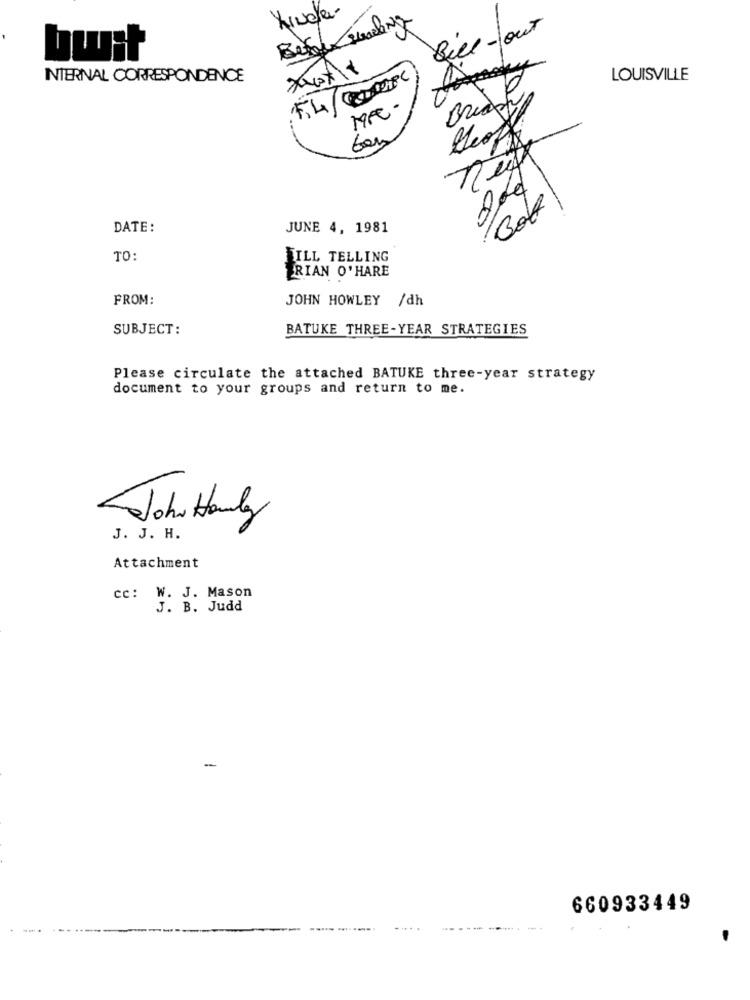
Before Heading
Que-out
bwit
INTERNAL CORRESPONDENCE
LOUISVILLE
3
1.
DATE:
JUNE 4, 1981
TO:
FILL TELLING
ERIAN O' HARE
FROM:
JOHN HOWLEY /dh
SUBJECT:
BATUKE THREE-YEAR STRATEGIES
Please circulate the attached BATUKE three-year strategy
document to your groups and return to me.
John Hauly
J. J. H.
Attachment
cc: W. J. Mason
J. B. Judd
-
660933449